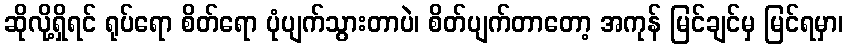
ဆိုလို့ရှိရင် ရုပ်ရော စိတ်ရော ပုံပျက်သွားတာပဲ၊ စိတ်ပျက်တာတော့ အကုန် မြင်ချင်မှ မြင်ရမှာ၊